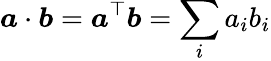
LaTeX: \boldsymbol{a}\cdot\boldsymbol{b}=\boldsymbol{a}^{\top}\boldsymbol{b}=\sum_{i}a_{i}b_{i}